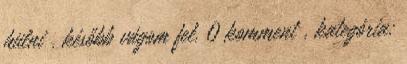
hülni . később vágom fel. 0 komment , kategória: